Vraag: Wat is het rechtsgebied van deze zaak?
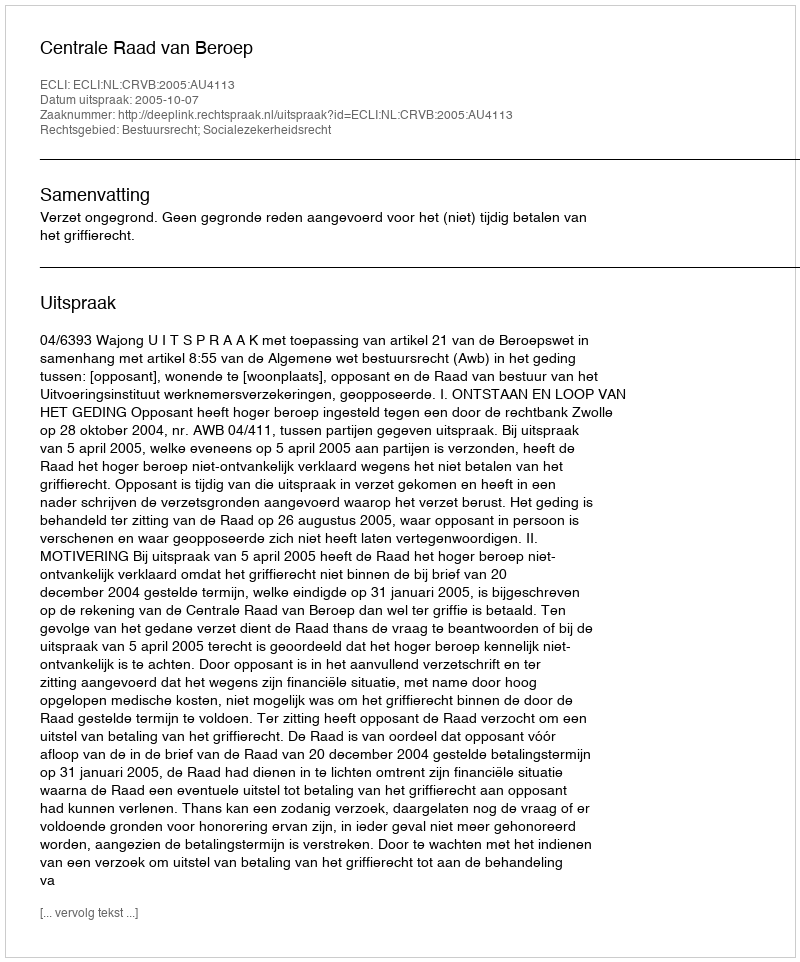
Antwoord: Bestuursrecht; Socialezekerheidsrecht